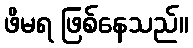
ဖိမရ ဖြစ်နေသည်။